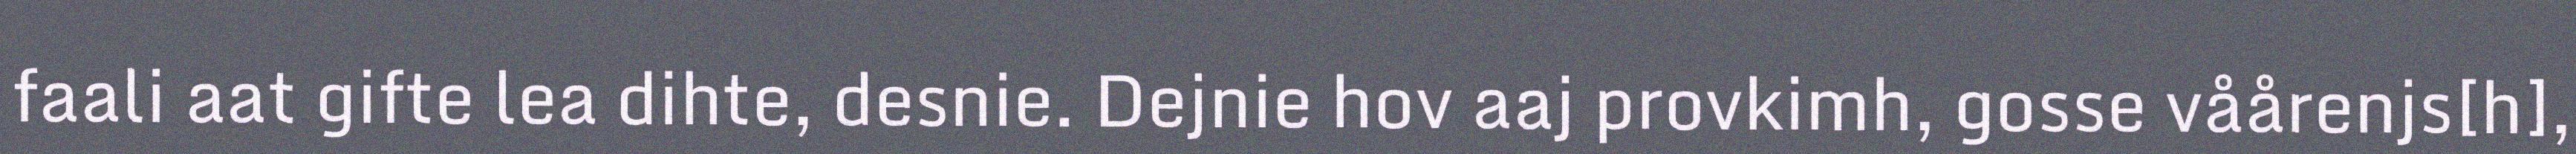
faali aat gifte lea dihte, desnie. Dejnie hov aaj provkimh, gosse våårenjs[h],